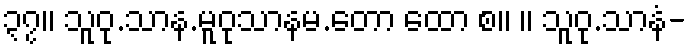
၃၇။ သူဝု.သာန.မူဝုသာနမ.တော ထော စ။ ။ သူဝု.သာနံ-